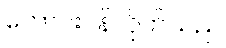
တောင်းပန်လိုက်သည်